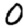
Digit: 0